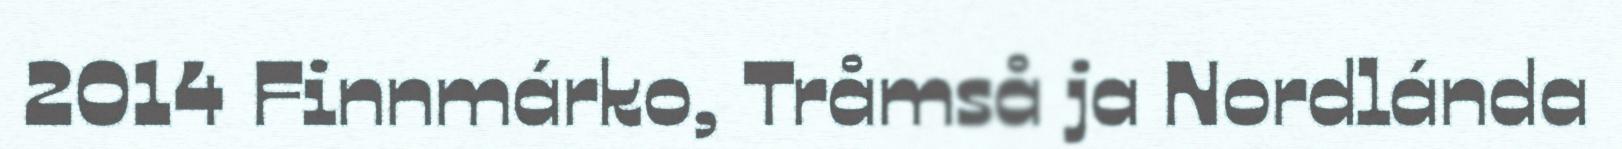
2014 Finnmárko, Tråmså ja Nordlánda